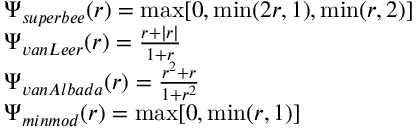
\begin{array} { r l } & { \Psi _ { s u p e r b e e } ( r ) = \operatorname* { m a x } [ 0 , \operatorname* { m i n } ( 2 r , 1 ) , \operatorname* { m i n } ( r , 2 ) ] } \\ & { \Psi _ { v a n L e e r } ( r ) = \frac { r + | r | } { 1 + r } } \\ & { \Psi _ { v a n A l b a d a } ( r ) = \frac { r ^ { 2 } + r } { 1 + r ^ { 2 } } } \\ & { \Psi _ { m i n m o d } ( r ) = \operatorname* { m a x } [ 0 , \operatorname* { m i n } ( r , 1 ) ] } \end{array}